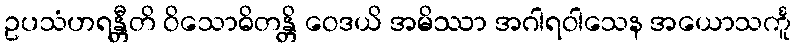
ဥပသံဟရန္တီတိ ဝိသောဓိတန္တိ ဝေဒယိ အမိဿာ အဂါရဝါသေန အယောသင်္ကူ